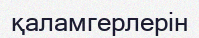
қаламгерлерін